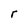
Character: r